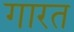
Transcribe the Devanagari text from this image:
गारत